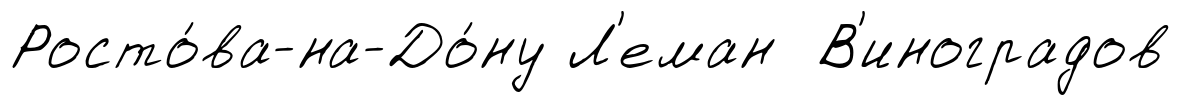
Росто́ва-на-До́ну Л'еман В'иноградов